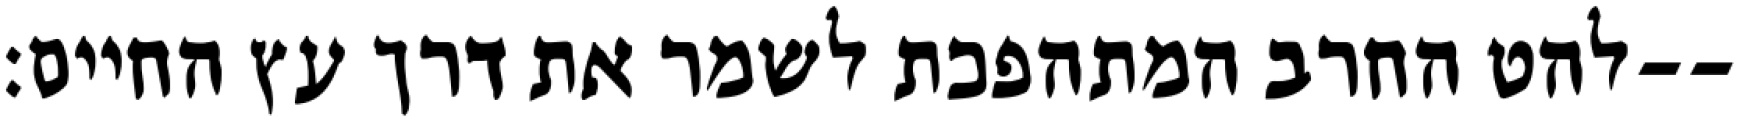
להט החרב המתהפכת לשמר את דרך עץ החיים׃--